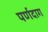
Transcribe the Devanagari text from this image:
पर्णदाग